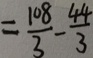
= \frac { 1 0 8 } { 3 } - \frac { 4 4 } { 3 }